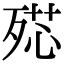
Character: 𣨠